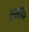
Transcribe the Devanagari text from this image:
एमाई